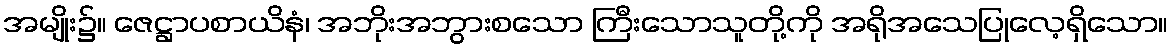
အမျိုး၌။ ဇေဋ္ဌာပစာယိနံ၊ အဘိုးအဘွားစသော ကြီးသောသူတို့ကို အရိုအသေပြုလေ့ရှိသော။